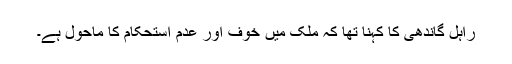
راہل گاندھی کا کہنا تھا کہ ملک میں خوف اور عدم استحکام کا ماحول ہے۔